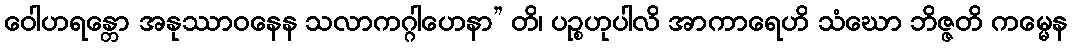
ဝေါဟရန္တော အနုဿာဝနေန သလာကဂ္ဂါဟေနာ” တိ၊ ပဉ္စဟုပါလိ အာကာရေဟိ သံဃော ဘိဇ္ဇတိ ကမ္မေန